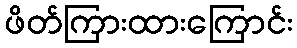
ဖိတ်ကြားထားကြောင်း